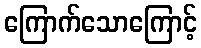
ကြောက်သောကြောင့်